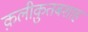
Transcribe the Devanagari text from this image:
क़लीक़ुतबशाह